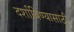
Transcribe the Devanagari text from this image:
दर्शाविण्यासाठी